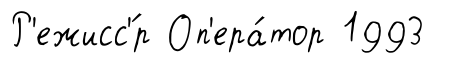
Р'ежисс'́р Оп'ера́тор 1993